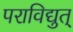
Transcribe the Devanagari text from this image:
पराविद्युत्